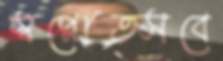
স্বপ্নোত্সবে